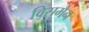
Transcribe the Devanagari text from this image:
विसमैन